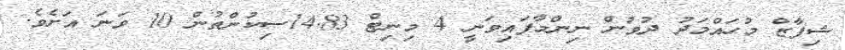
ޝިފާޒް މުޙައްމަދު ދުވުން ނިންމާފައިވަނީ 4 މިނިޓް 14.83ސިކުންތުން 10 ވަނަ އަށެވެ.